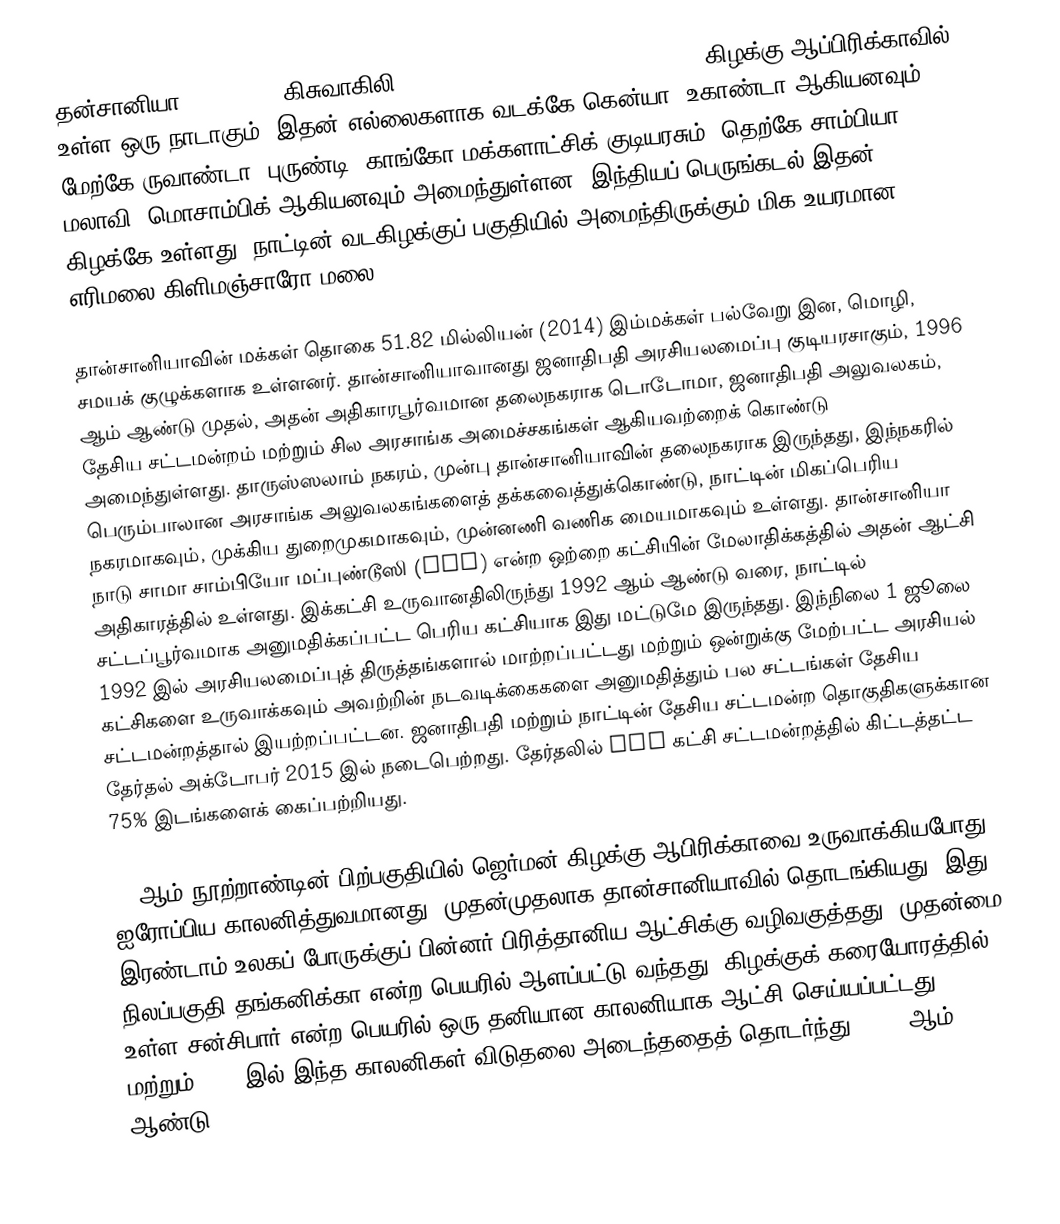
தன்சானியா (Tanzania, கிசுவாகிலி: Jamhuri ya Muungano wa Tanzania), கிழக்கு ஆப்பிரிக்காவில் உள்ள ஒரு நாடாகும். இதன் எல்லைகளாக வடக்கே கென்யா, உகாண்டா ஆகியனவும், மேற்கே ருவாண்டா, புருண்டி, காங்கோ மக்களாட்சிக் குடியரசும், தெற்கே சாம்பியா, மலாவி, மொசாம்பிக் ஆகியனவும் அமைந்துள்ளன. இந்தியப் பெருங்கடல் இதன் கிழக்கே உள்ளது. நாட்டின் வடகிழக்குப் பகுதியில் அமைந்திருக்கும் மிக உயரமான எரிமலை கிளிமஞ்சாரோ மலை.

தான்சானியாவின் மக்கள் தொகை 51.82 மில்லியன்  (2014)  இம்மக்கள் பல்வேறு இன, மொழி, சமயக் குழுக்களாக உள்ளனர். தான்சானியாவானது ஜனாதிபதி அரசியலமைப்பு குடியரசாகும், 1996 ஆம் ஆண்டு முதல், அதன் அதிகாரபூர்வமான தலைநகராக டொடோமா, ஜனாதிபதி அலுவலகம், தேசிய சட்டமன்றம் மற்றும் சில அரசாங்க அமைச்சகங்கள் ஆகியவற்றைக் கொண்டு அமைந்துள்ளது. தாருஸ்ஸலாம் நகரம், முன்பு தான்சானியாவின் தலைநகராக இருந்தது, இந்நகரில் பெரும்பாலான அரசாங்க அலுவலகங்களைத் தக்கவைத்துக்கொண்டு, நாட்டின் மிகப்பெரிய நகரமாகவும், முக்கிய துறைமுகமாகவும், முன்னணி வணிக மையமாகவும் உள்ளது. தான்சானியா நாடு சாமா சாம்பியோ மப்புண்டூஸி (CCM) என்ற ஒற்றை கட்சியின் மேலாதிக்கத்தில் அதன் ஆட்சி அதிகாரத்தில் உள்ளது. இக்கட்சி உருவானதிலிருந்து 1992 ஆம் ஆண்டு வரை, நாட்டில் சட்டப்பூர்வமாக அனுமதிக்கப்பட்ட பெரிய கட்சியாக இது மட்டுமே இருந்தது. இந்நிலை 1 ஜூலை 1992 இல் அரசியலமைப்புத் திருத்தங்களால் மாற்றப்பட்டது  மற்றும் ஒன்றுக்கு மேற்பட்ட அரசியல் கட்சிகளை உருவாக்கவும் அவற்றின் நடவடிக்கைகளை அனுமதித்தும் பல சட்டங்கள் தேசிய சட்டமன்றத்தால் இயற்றப்பட்டன. ஜனாதிபதி மற்றும் நாட்டின் தேசிய சட்டமன்ற தொகுதிகளுக்கான தேர்தல் அக்டோபர் 2015 இல் நடைபெற்றது. தேர்தலில் CCM கட்சி சட்டமன்றத்தில் கிட்டத்தட்ட 75% இடங்களைக் கைப்பற்றியது.

19 ஆம் நூற்றாண்டின் பிற்பகுதியில் ஜெர்மன் கிழக்கு ஆபிரிக்காவை உருவாக்கியபோது ஐரோப்பிய காலனித்துவமானது, முதன்முதலாக தான்சானியாவில் தொடங்கியது, இது இரண்டாம் உலகப் போருக்குப் பின்னர் பிரித்தானிய ஆட்சிக்கு வழிவகுத்தது. முதன்மை நிலப்பகுதி தங்கனிக்கா என்ற பெயரில் ஆளப்பட்டு வந்தது, கிழக்குக் கரையோரத்தில் உள்ள சன்சிபார்  என்ற பெயரில் ஒரு தனியான காலனியாக ஆட்சி செய்யப்பட்டது. 1961 மற்றும் 1963 இல் இந்த காலனிகள் விடுதலை அடைந்ததைத் தொடர்ந்து, 1964 ஆம் ஆண்டு